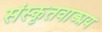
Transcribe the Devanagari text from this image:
संस्कृतवाङ्मय